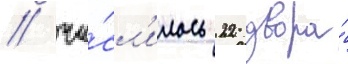
/ чи́сл'илось 22 двора́